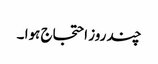
چند روز احتجاج ہوا ۔